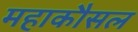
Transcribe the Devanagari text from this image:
महाकौसल